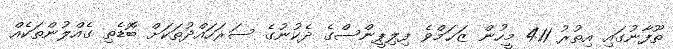
ތޫފާނުގައި އިތުރު 411 މީހުން ޒަޚަމްވެ ފިލިޕީންސްގެ ދެކުނުގެ ސަރަހައްދުތަކަށް ބޮޑެތި ގެއްލުންތަކެއް